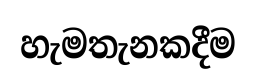
හැමතැනකදීම